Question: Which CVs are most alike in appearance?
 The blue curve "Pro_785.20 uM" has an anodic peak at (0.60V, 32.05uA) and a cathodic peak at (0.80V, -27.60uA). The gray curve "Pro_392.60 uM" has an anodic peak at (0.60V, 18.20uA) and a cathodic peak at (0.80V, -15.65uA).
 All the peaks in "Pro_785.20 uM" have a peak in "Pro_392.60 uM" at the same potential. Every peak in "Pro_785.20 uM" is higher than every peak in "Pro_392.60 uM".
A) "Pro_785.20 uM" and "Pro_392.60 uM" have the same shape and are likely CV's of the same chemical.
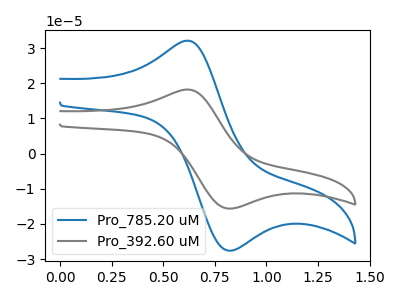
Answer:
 <answer>A) "Pro_785.20 uM" and "Pro_392.60 uM" have the same shape and are likely CV's of the same chemical.</answer>
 <eval>A</eval>